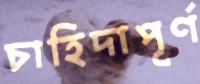
চাহিদাপূর্ণ